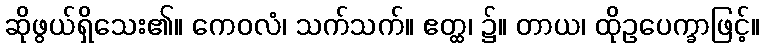
ဆိုဖွယ်ရှိသေး၏။ ကေဝလံ၊ သက်သက်။ ဧတ္ထ၊ ၌။ တာယ၊ ထိုဥပေက္ခာဖြင့်။